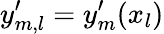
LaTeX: y_{m,l}^{\prime}=y_{m}^{\prime}(x_{l})